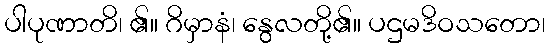
ပါပုဏာတိ၊ ၏။ ဂိမှာနံ၊ နွေလတို့၏။ ပဌမဒိဝသတော၊